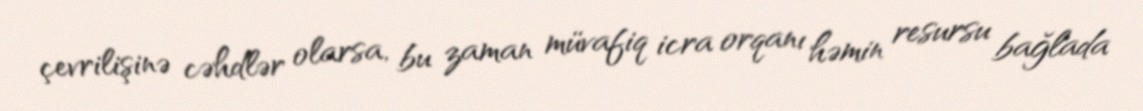
çevrilişinə cəhdlər olarsa, bu zaman müvafiq icra orqanı həmin resursu bağlada